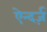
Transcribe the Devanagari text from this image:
ऐन्दर्ज़